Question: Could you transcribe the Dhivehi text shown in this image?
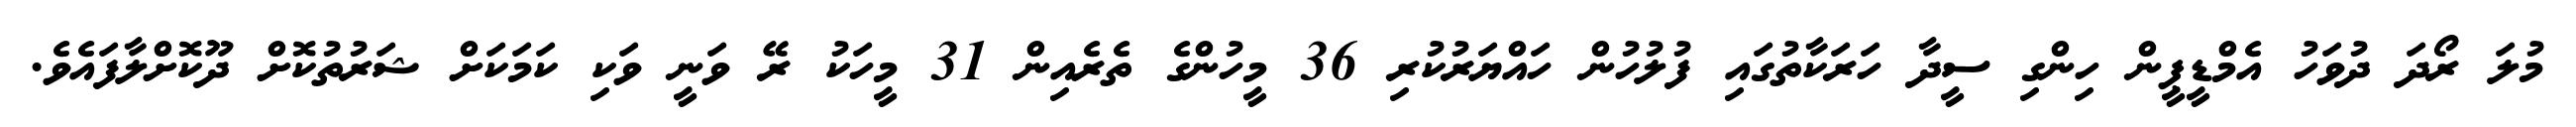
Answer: މުލަ ރޯދަ ދުވަހު އެމްޑީޕީން ހިންގި ސީދާ ހަރަކާތުގައި ފުލުހުން ހައްޔަރުކުރި 36 މީހުންގެ ތެރެއިން 31 މީހަކު ރޭ ވަނީ ވަކި ކަމަކަށް ޝަރުތުކޮށް ދޫކޮށްލާފައެވެ.